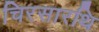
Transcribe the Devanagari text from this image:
चिरसारथि